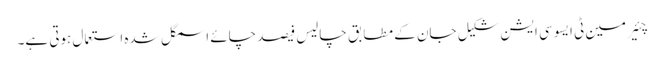
چئیر مین ٹی ایسوسی ایشن شکیل جان کے مطابق چالیس فیصد چائے اسمگل شدہ استعمال ہوتی ہے۔